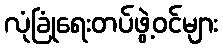
လုံခြုံရေးတပ်ဖွဲ့ဝင်များ